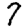
Digit: 7